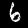
Label: 6